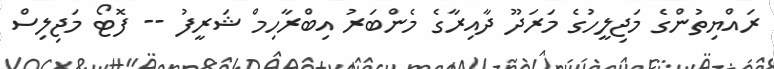
ރައްޔިތުންގެ މަޖިލީހުގެ މަރަދޫ ދާއިރާގެ މެންބަރު އިބްރާހިމް ޝަރީފު -- ފޮޓޯ މަޖިލިސް